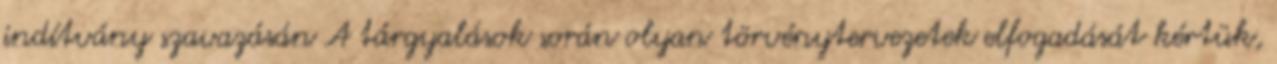
indítvány szavazásán A tárgyalások során olyan törvénytervezetek elfogadását kértük,